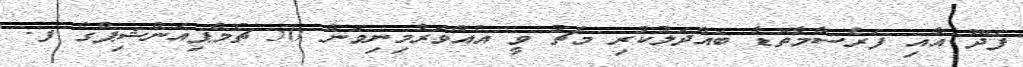
ފޭދޫ އާއި ފަރެސްމާތޮޑާ ބައްދަލުކުރި މެޗު ވީ އެއްވަރުމިނިވަން 50 ޗެމްޕިއަންޝިޕްގެ ފ.